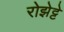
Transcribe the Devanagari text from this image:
रोझेट्टे